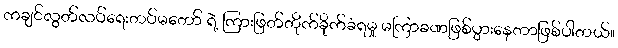
ကချင်လွတ်လပ်ရေးတပ်မတော် ရဲ့ ကြားဖြတ်တိုက်ခိုက်ခံရမှု မကြာခဏဖြစ်ပွားနေတာဖြစ်ပါတယ်။